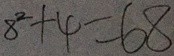
8 ^ { 2 } + 4 = 6 8